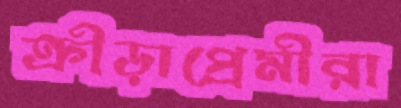
ক্রীড়াপ্রেমীরা